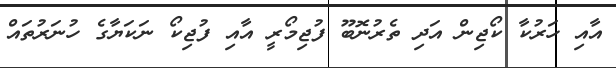
އާއި ހަރުކާ ކޯޖިން އަދި ތެރުނޮބޫ ފުޖިމޯރީ އާއި ފުޖިކޯ ނަކަޔާގެ ހުނަރުތައް